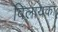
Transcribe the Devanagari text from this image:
विलायको